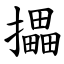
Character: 攂